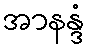
အာနန္ဒံ